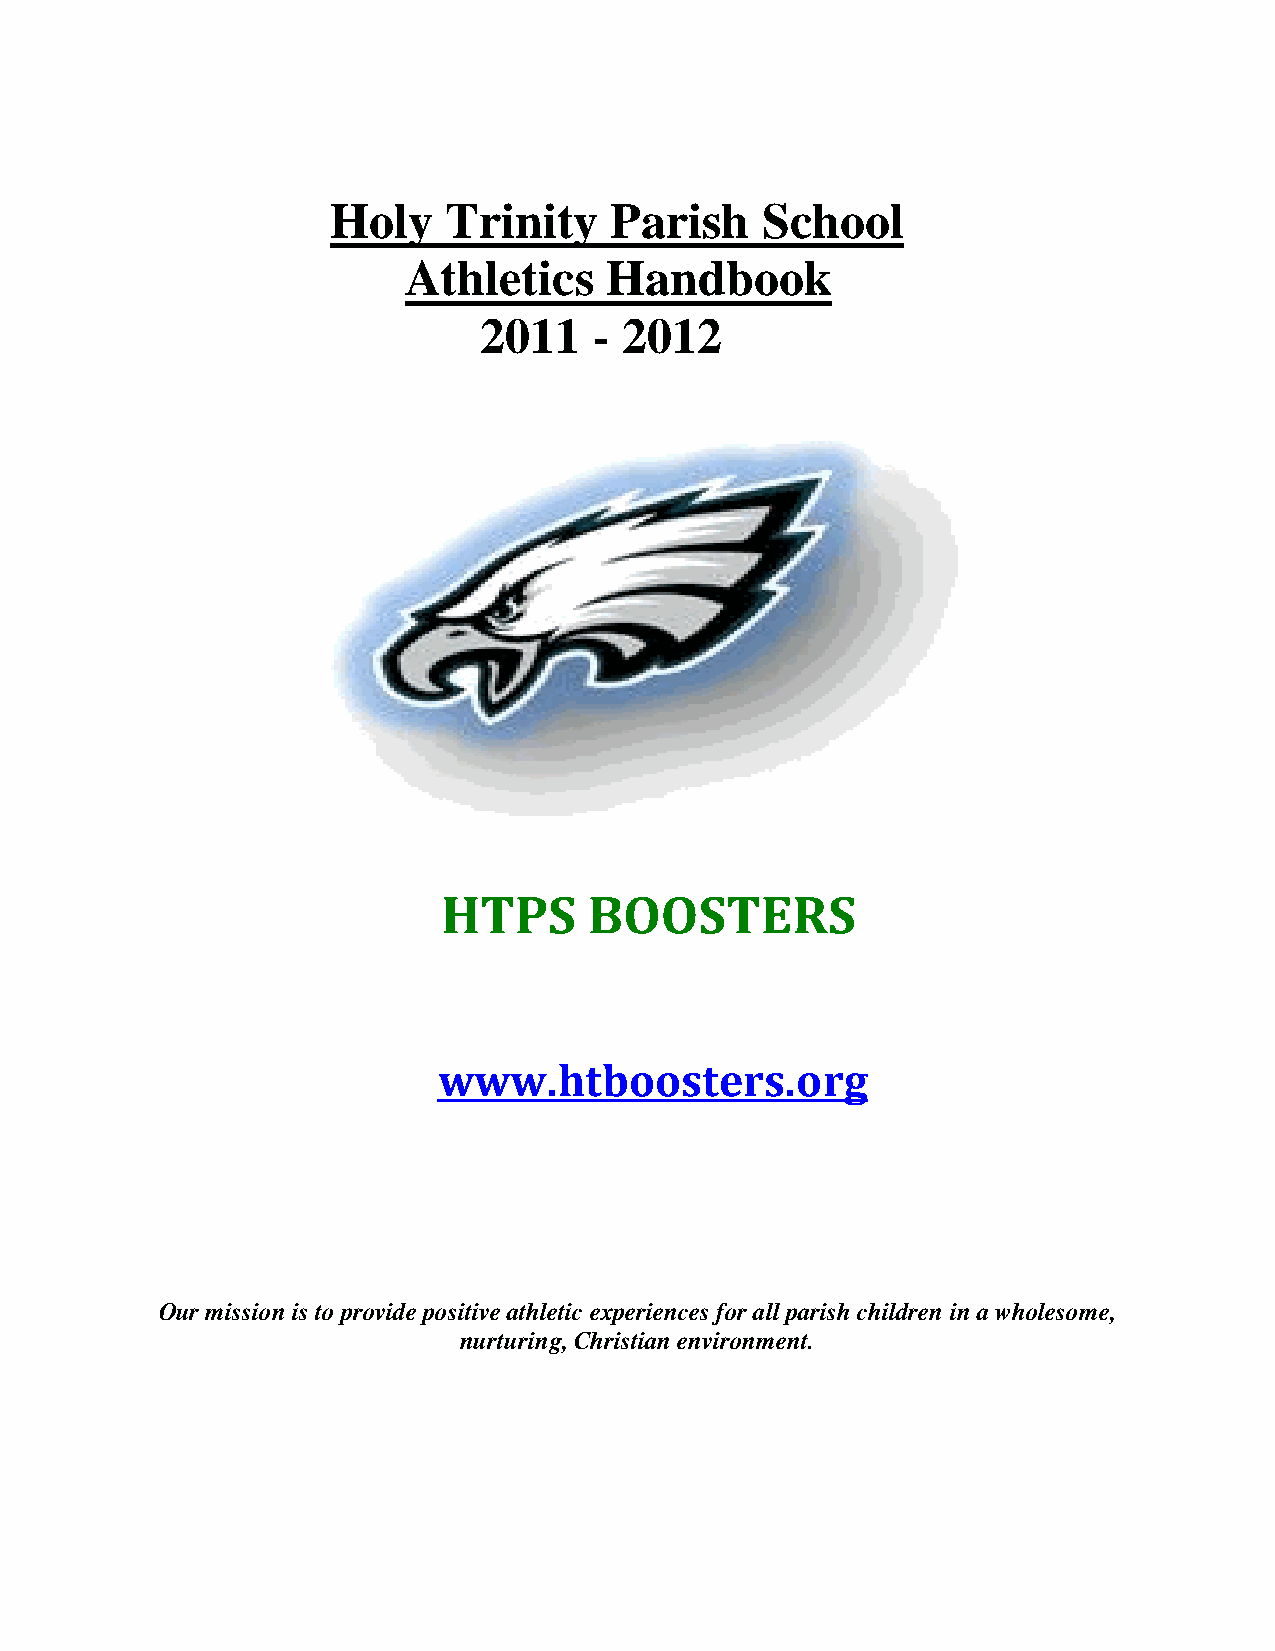
Holy   Trinity    Parish    School
 Athletics    Handbook
 2011   - 2012
 HTPS      BOOSTERS
 www.htboosters.org
 Our mission is to provide positive athletic experiences for all parish children in a wholesome,
 nurturing, Christian environment.